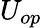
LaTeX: U_{op}